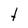
Character: t